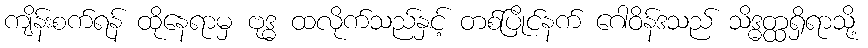
ကျိန်းစက်ရန် ထိုနေရာမှ ဗုဒ္ဓ ထလိုက်သည်နှင့် တစ်ပြိုင်နက် ဂေါဝိန်ဒသည် သိဒ္ဓတ္ထရှိရာသို့